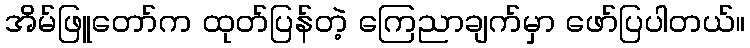
အိမ်ဖြူတော်က ထုတ်ပြန်တဲ့ ကြေညာချက်မှာ ဖော်ပြပါတယ်။